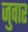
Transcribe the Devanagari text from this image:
जुवार